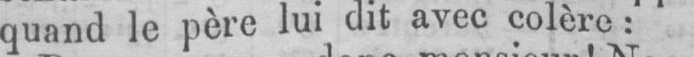
quand le père lui dit avec colère: